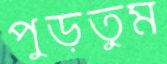
পুড়তুম